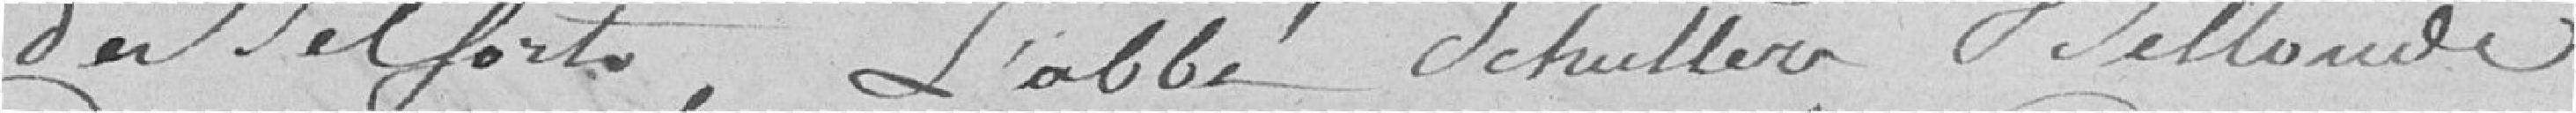
de Belfort, l'abbé Schuller Bellande